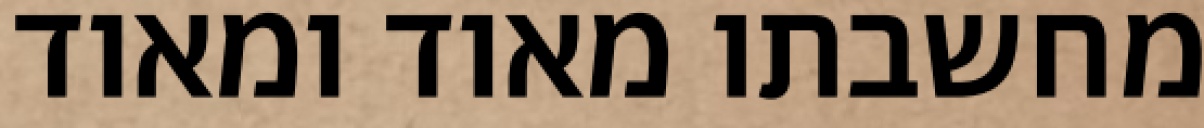
מחשבתו מאוד ומאוד